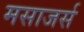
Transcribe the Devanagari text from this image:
मसाजर्स